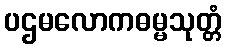
ပဌမလောကဓမ္မသုတ္တံ